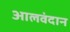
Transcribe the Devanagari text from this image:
आलवंदान